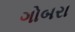
ગોબરા